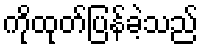
ကိုထုတ်ပြန်ခဲ့သည်